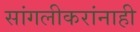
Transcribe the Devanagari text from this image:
सांगलीकरांनाही